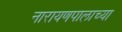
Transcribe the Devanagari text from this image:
नारायणपालाच्या